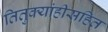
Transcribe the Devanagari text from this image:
तितुक्यांहीसहित